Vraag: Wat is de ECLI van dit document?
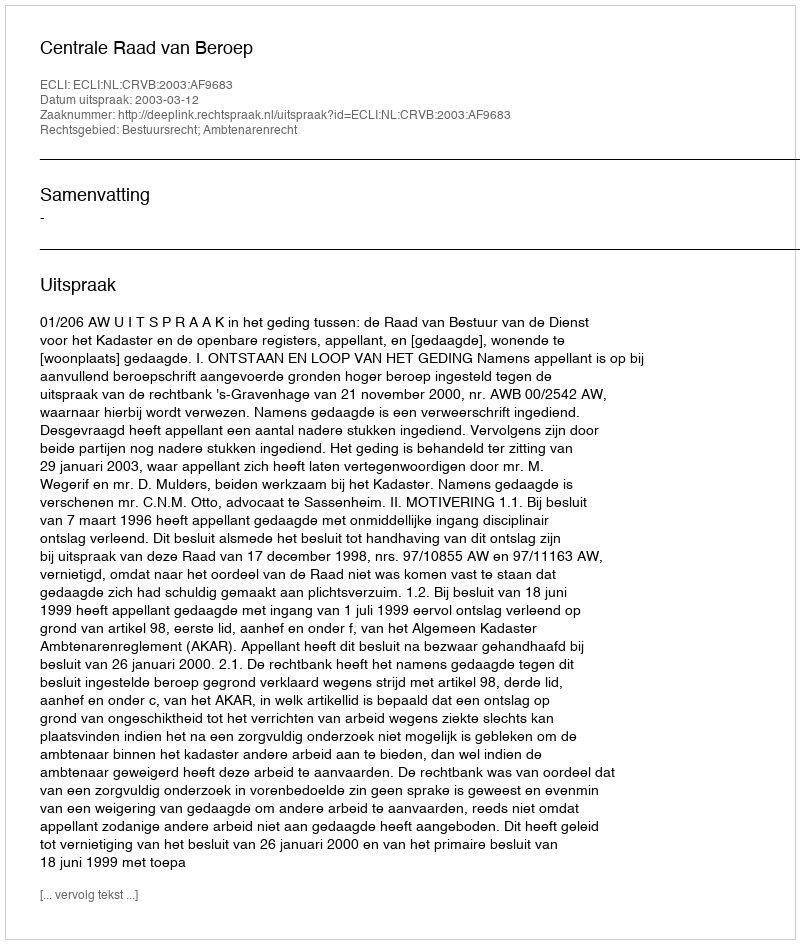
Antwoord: ECLI:NL:CRVB:2003:AF9683